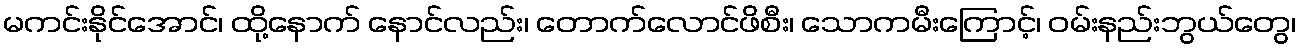
မကင်းနိုင်အောင်၊ ထို့နောက် နောင်လည်း၊ တောက်လောင်ဖိစီး၊ သောကမီးကြောင့်၊ ဝမ်းနည်းဘွယ်တွေ၊